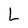
Character: L